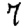
Digit: 7